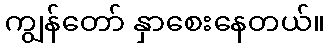
ကျွန်တော် နှာစေးနေတယ်။